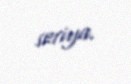
seriya.